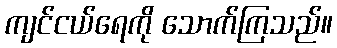
ကျင်ငယ်ရေကို သောက်ကြသည်။